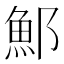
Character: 𫑨